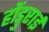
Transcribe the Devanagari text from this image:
होंडुराई